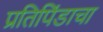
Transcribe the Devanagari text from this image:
प्रतिपिंडाचा